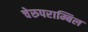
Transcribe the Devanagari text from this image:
चेरुपराम्बिल